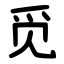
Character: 觅